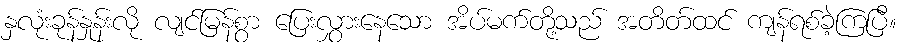
နှလုံးခုန်နှုန်းလို လျင်မြန်စွာ ပြေးလွှားနေသော အိပ်မက်တို့သည် အတိတ်ထင် ကျန်ရစ်ခဲ့ကြပြီ။